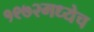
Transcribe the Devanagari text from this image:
१९७२मध्येच